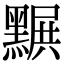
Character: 𪑩